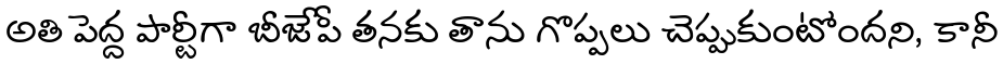
అతి పెద్ద పార్టీగా బీజేపీ తనకు తాను గొప్పలు చెప్పుకుంటోందని, కానీ